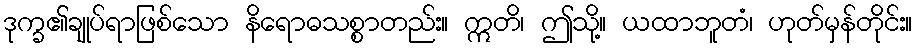
ဒုက္ခ၏ချုပ်ရာဖြစ်သော နိရောဓသစ္စာတည်း။ ဣတိ၊ ဤသို့။ ယထာဘူတံ၊ ဟုတ်မှန်တိုင်း။